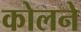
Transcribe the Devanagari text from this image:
कोलने